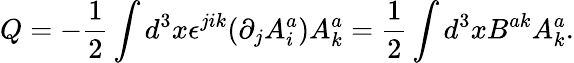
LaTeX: Q=-\frac{1}{2}\int d^{3}x\epsilon^{jik}(\partial_{j}A_{i}^{a})A_{k}^{a}=\frac{1}{2}\int d^{3}xB^{ak}A_{k}^{a}.